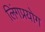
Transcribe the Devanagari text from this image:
लिंगप्रयोग